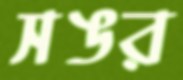
সঙর